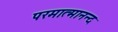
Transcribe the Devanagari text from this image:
परमात्मानन्द